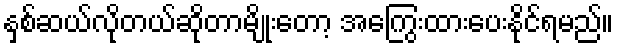
နှစ်ဆယ်လိုတယ်ဆိုတာမျိုးတော့ အကြွေးထားပေးနိုင်ရမည်။